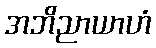
အဘိညာယာဟံ